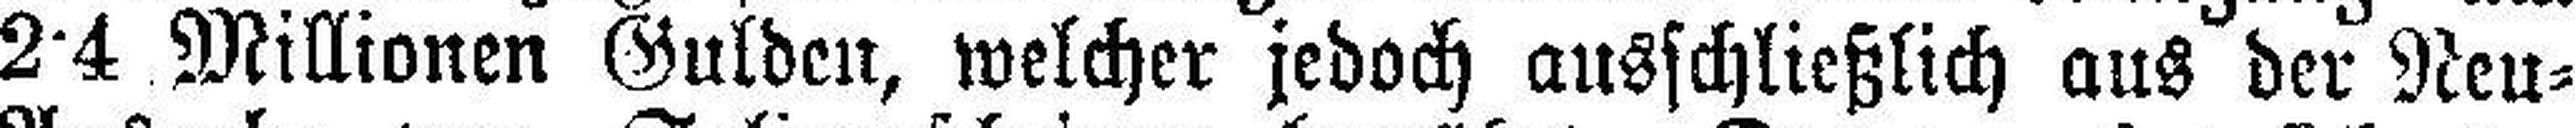
2•4 Millionen Gulden, welcher jedoch ausschließlich aus der Neu=